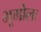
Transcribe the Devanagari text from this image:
भूगोलः